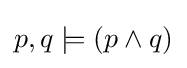
p,q\models (p\land q)